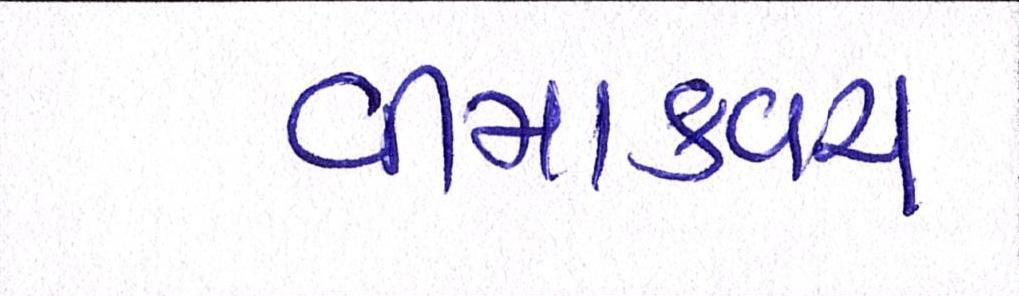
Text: વીમાકવચ